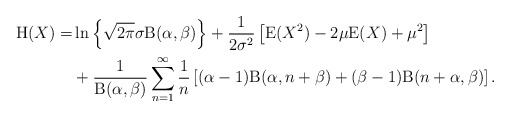
\begin{align*}\mathrm{H}(X)=&\ln\left\{\sqrt{2\pi} \sigma \mathrm{B}(\alpha,\beta)\right\}+\frac{1}{2\sigma^2}\left[\mathrm{E}(X^2)-2\mu \mathrm{E}(X) + \mu^2\right]\\&+\frac{1}{\mathrm{B}(\alpha,\beta)}\sum_{n=1}^{\infty}\frac{1}{n}\left[(\alpha-1)\mathrm{B}(\alpha,n+\beta)+(\beta-1)\mathrm{B}(n+\alpha,\beta)\right].\end{align*}